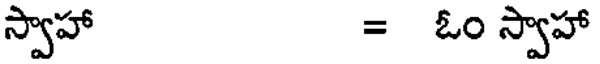
స్వాహా = ఓం స్వాహా